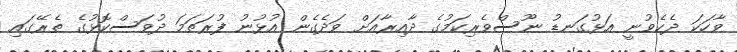
ވާހަކަ ދެކެވުނީ އަޅުގަނޑު ނޫސްވެރިކަމުގެ ދާއިރާއަށް ވަދެގެން އުޅުނު ފުރަތަމަ ދުވަސްކޮޅުގެ ތެރޭގައި